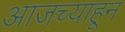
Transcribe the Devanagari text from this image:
आजच्याहून